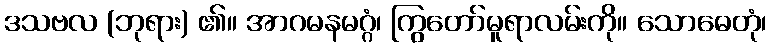
ဒသဗလ (ဘုရား) ၏။ အာဂမနမဂ္ဂံ၊ ကြွတော်မူရာလမ်းကို။ သောဓေတုံ၊